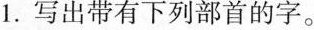
1.写出带有下列部首的字。